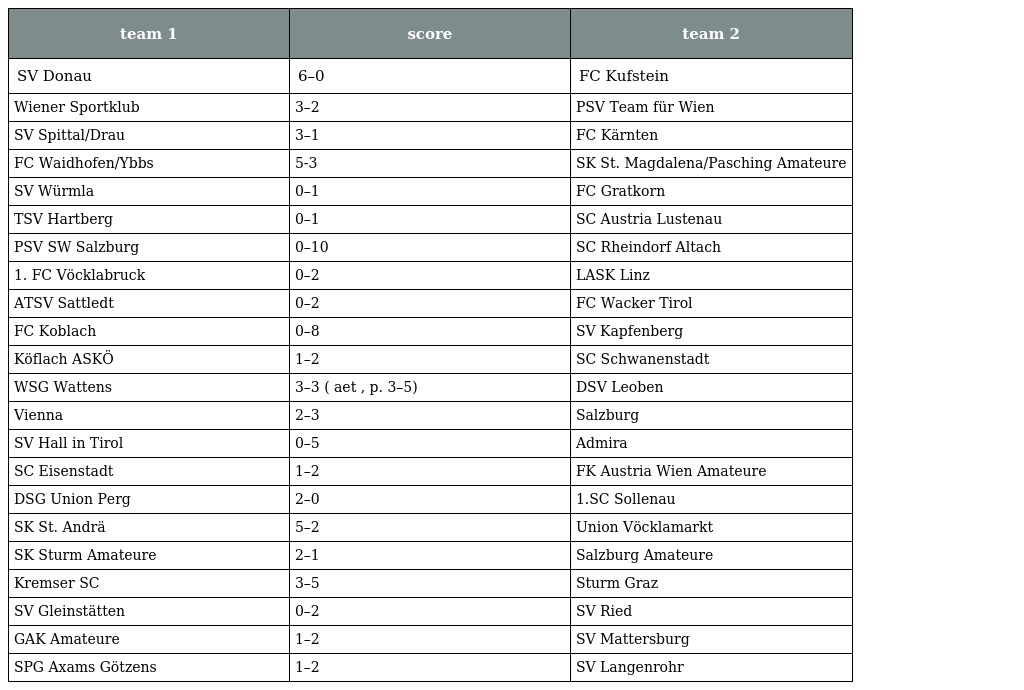
| team 1 | score | team 2 |
 | --- | --- | --- |
 | SV Donau | 6–0 | FC Kufstein |
 | Wiener Sportklub | 3–2 | PSV Team für Wien |
 | SV Spittal/Drau | 3–1 | FC Kärnten |
 | FC Waidhofen/Ybbs | 5-3 | SK St. Magdalena/Pasching Amateure |
 | SV Würmla | 0–1 | FC Gratkorn |
 | TSV Hartberg | 0–1 | SC Austria Lustenau |
 | PSV SW Salzburg | 0–10 | SC Rheindorf Altach |
 | 1. FC Vöcklabruck | 0–2 | LASK Linz |
 | ATSV Sattledt | 0–2 | FC Wacker Tirol |
 | FC Koblach | 0–8 | SV Kapfenberg |
 | Köflach ASKÖ | 1–2 | SC Schwanenstadt |
 | WSG Wattens | 3–3 ( aet , p. 3–5) | DSV Leoben |
 | Vienna | 2–3 | Salzburg |
 | SV Hall in Tirol | 0–5 | Admira |
 | SC Eisenstadt | 1–2 | FK Austria Wien Amateure |
 | DSG Union Perg | 2–0 | 1.SC Sollenau |
 | SK St. Andrä | 5–2 | Union Vöcklamarkt |
 | SK Sturm Amateure | 2–1 | Salzburg Amateure |
 | Kremser SC | 3–5 | Sturm Graz |
 | SV Gleinstätten | 0–2 | SV Ried |
 | GAK Amateure | 1–2 | SV Mattersburg |
 | SPG Axams Götzens | 1–2 | SV Langenrohr |